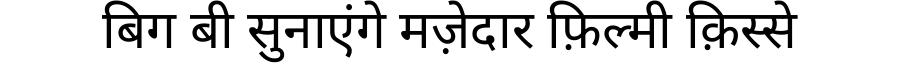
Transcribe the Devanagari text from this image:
बिग बी सुनाएंगे मज़ेदार फ़िल्मी क़िस्से